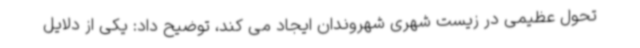
تحول عظیمی در زیست شهری شهروندان ایجاد می کند، توضیح داد: یکی از دلایل